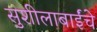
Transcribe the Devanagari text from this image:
सुशीलाबाईंचे